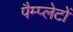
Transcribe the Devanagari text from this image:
पैम्प्लेटों